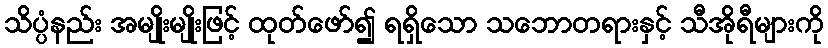
သိပ္ပံနည်း အမျိုးမျိုးဖြင့် ထုတ်ဖော်၍ ရရှိသော သဘောတရားနှင့် သီအိုရီများကို